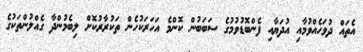
އެތައް ދުވަހެއްވުމާއި އުދަޔާއި ފެންބޮޑުވުމުގެ ސަބަބުން ކޮންމެ އަހަރަކުހެން ތަކުރާރުކޮށް ލިބެމުންދާ ގެއްލުންތަކުގެ